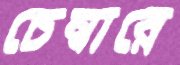
চেম্বারে